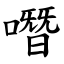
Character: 噆